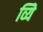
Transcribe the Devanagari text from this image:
व्यिे